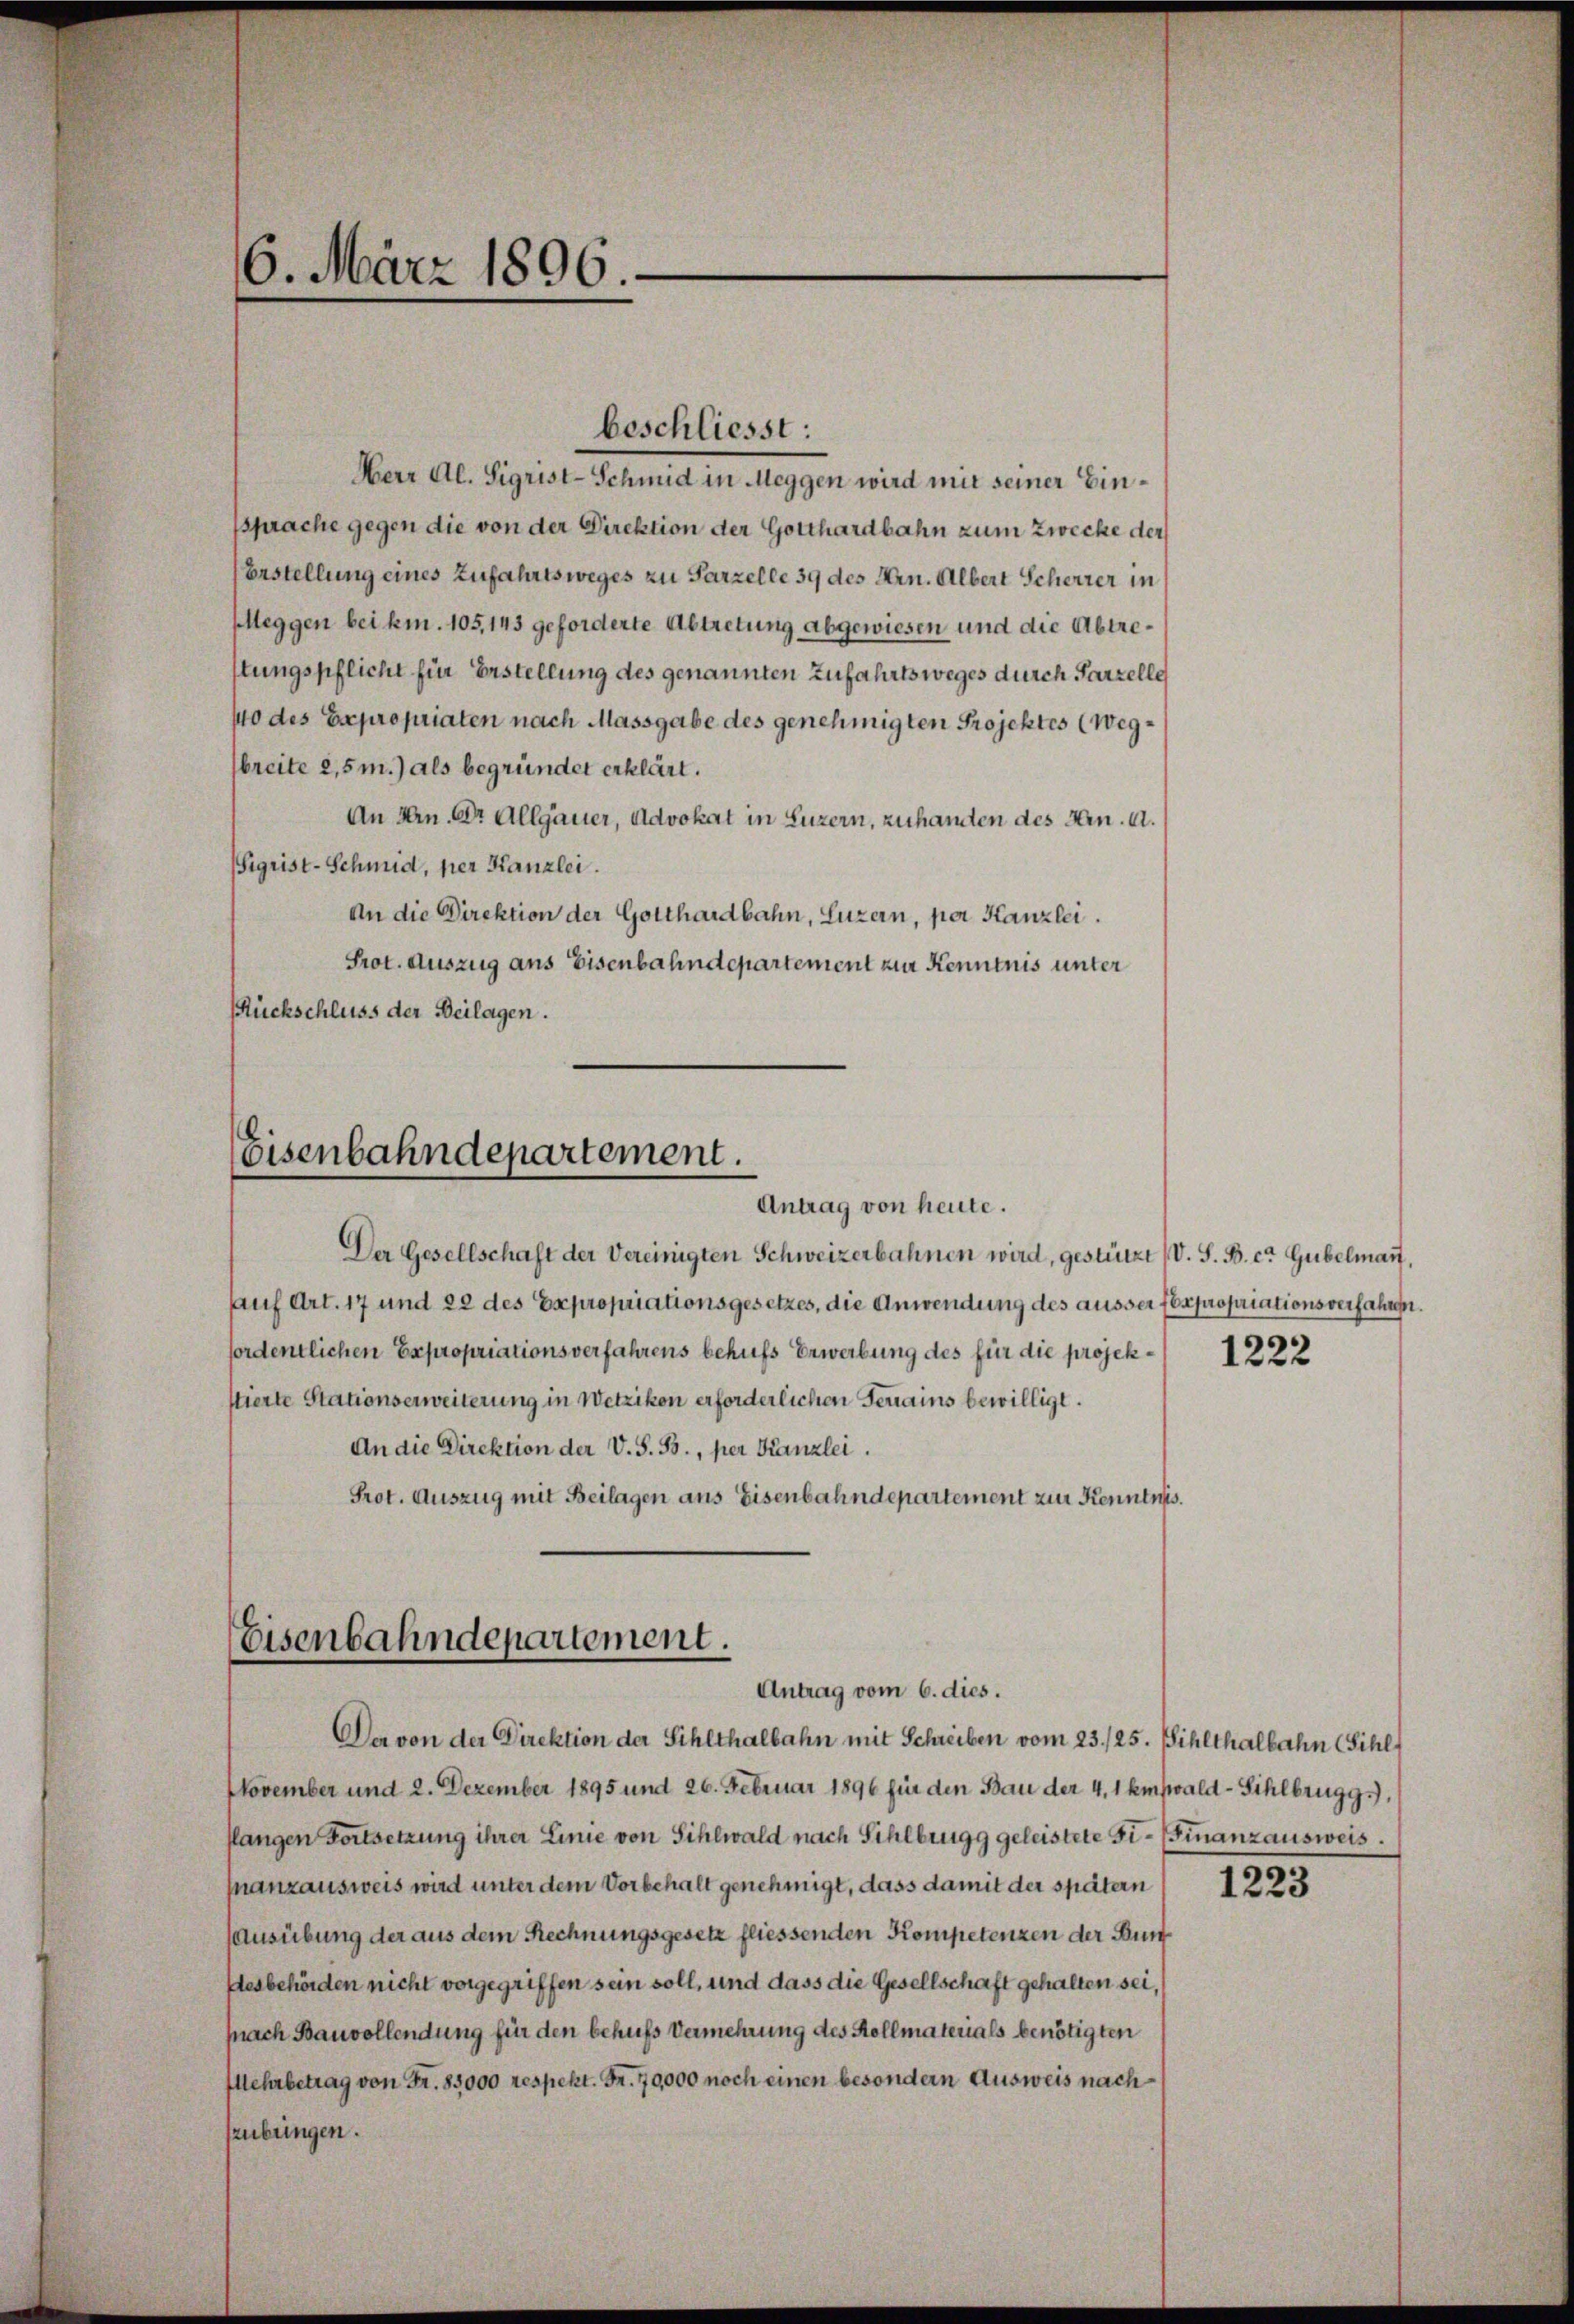
Herr Al. Sigrist-Schmid in Meggen wird mit seiner Einssprache gegen die von der Direktion der Gotthardbahn zum Zwecke der
Erstellung eines Zufahrtsweges zu Parzelle 39 des Hrn. Albert Scherrer in
Meggen bei kn. 105, 143 geforderte Abtretung abgewiesen und die Abtrestungspflicht für Erstellung des genannten Zufahrtsweges durch Parzelle
140 des Expropriaten nach Massgabe des genehmigten Projektes (Wegbreite 2,5m.) als begründet erklärt.
An Hrn. Dr. Allgauer, Advokat in Luzern, zuhamten des Hrn. a.
Sigrist-Schmid, per Kanzlei.
An die Direktion der Gotthardbahn, Luzern, per Kanzlei.
Prot. Auszug aus Eisenbahndepartement zur Kenntnis unter
Rückschluss der Beilagen.

6. März 1896.

beschliesst:

Eisenbahndepartement.
Antrag von heute.

Der Gesellschaft der Vereinigten Schweizerbahnen wird, gestützt (V. S. B. cr Gubelmar,
auf Art. 17 und 28 des Expropriationsgesetzes, die Anwendung des äusser Expropriationsverfahren.
fordentlichen Expropriationsverfahrens behufs Erwerbung des für die projekstierte Stationserweiterung in Wetzikon erforderlichen Ferrains bewilligt.
An die Direktion der V. S. B., per Kanzlei.
Prot. Auszug mit Beilagen aus Eisenbahndepartement zur Kenntnis.

Eisenbahndepartement.
Antrag vom 6. dies.

Der von der Direktion der Sihlthalbahn mit Schreiben vom 23./25. Sihlthalbahn (Sihl
November und 2. Dezember 1895 und 26. Februar 1896 für den Bau der 4,1 Emswald - Sihlbrugg,
flangen Fortsetzung ihrer Linie von Sihlwald nach Sihlbrugg geleistete Fi- (Finanzausweis.
anzausweis wird unter dem Vorbehalt genehmigt, dass damit der spätern
ausübung der aus dem Rechnungsgesetz fliessenden Kompetenzen der Bun
desbehörden nicht vorgegriffen sein soll, und dass die Gesellschaft gehalten sei,
pnach Bauvollendung für den behufs Vermehrung des Kollmaterials benötigten
Mehrbetrag von Fr. 85000 respekt. Fr. 70,000 noch einen besondern Ausweis nachzubringen.

1222

1223